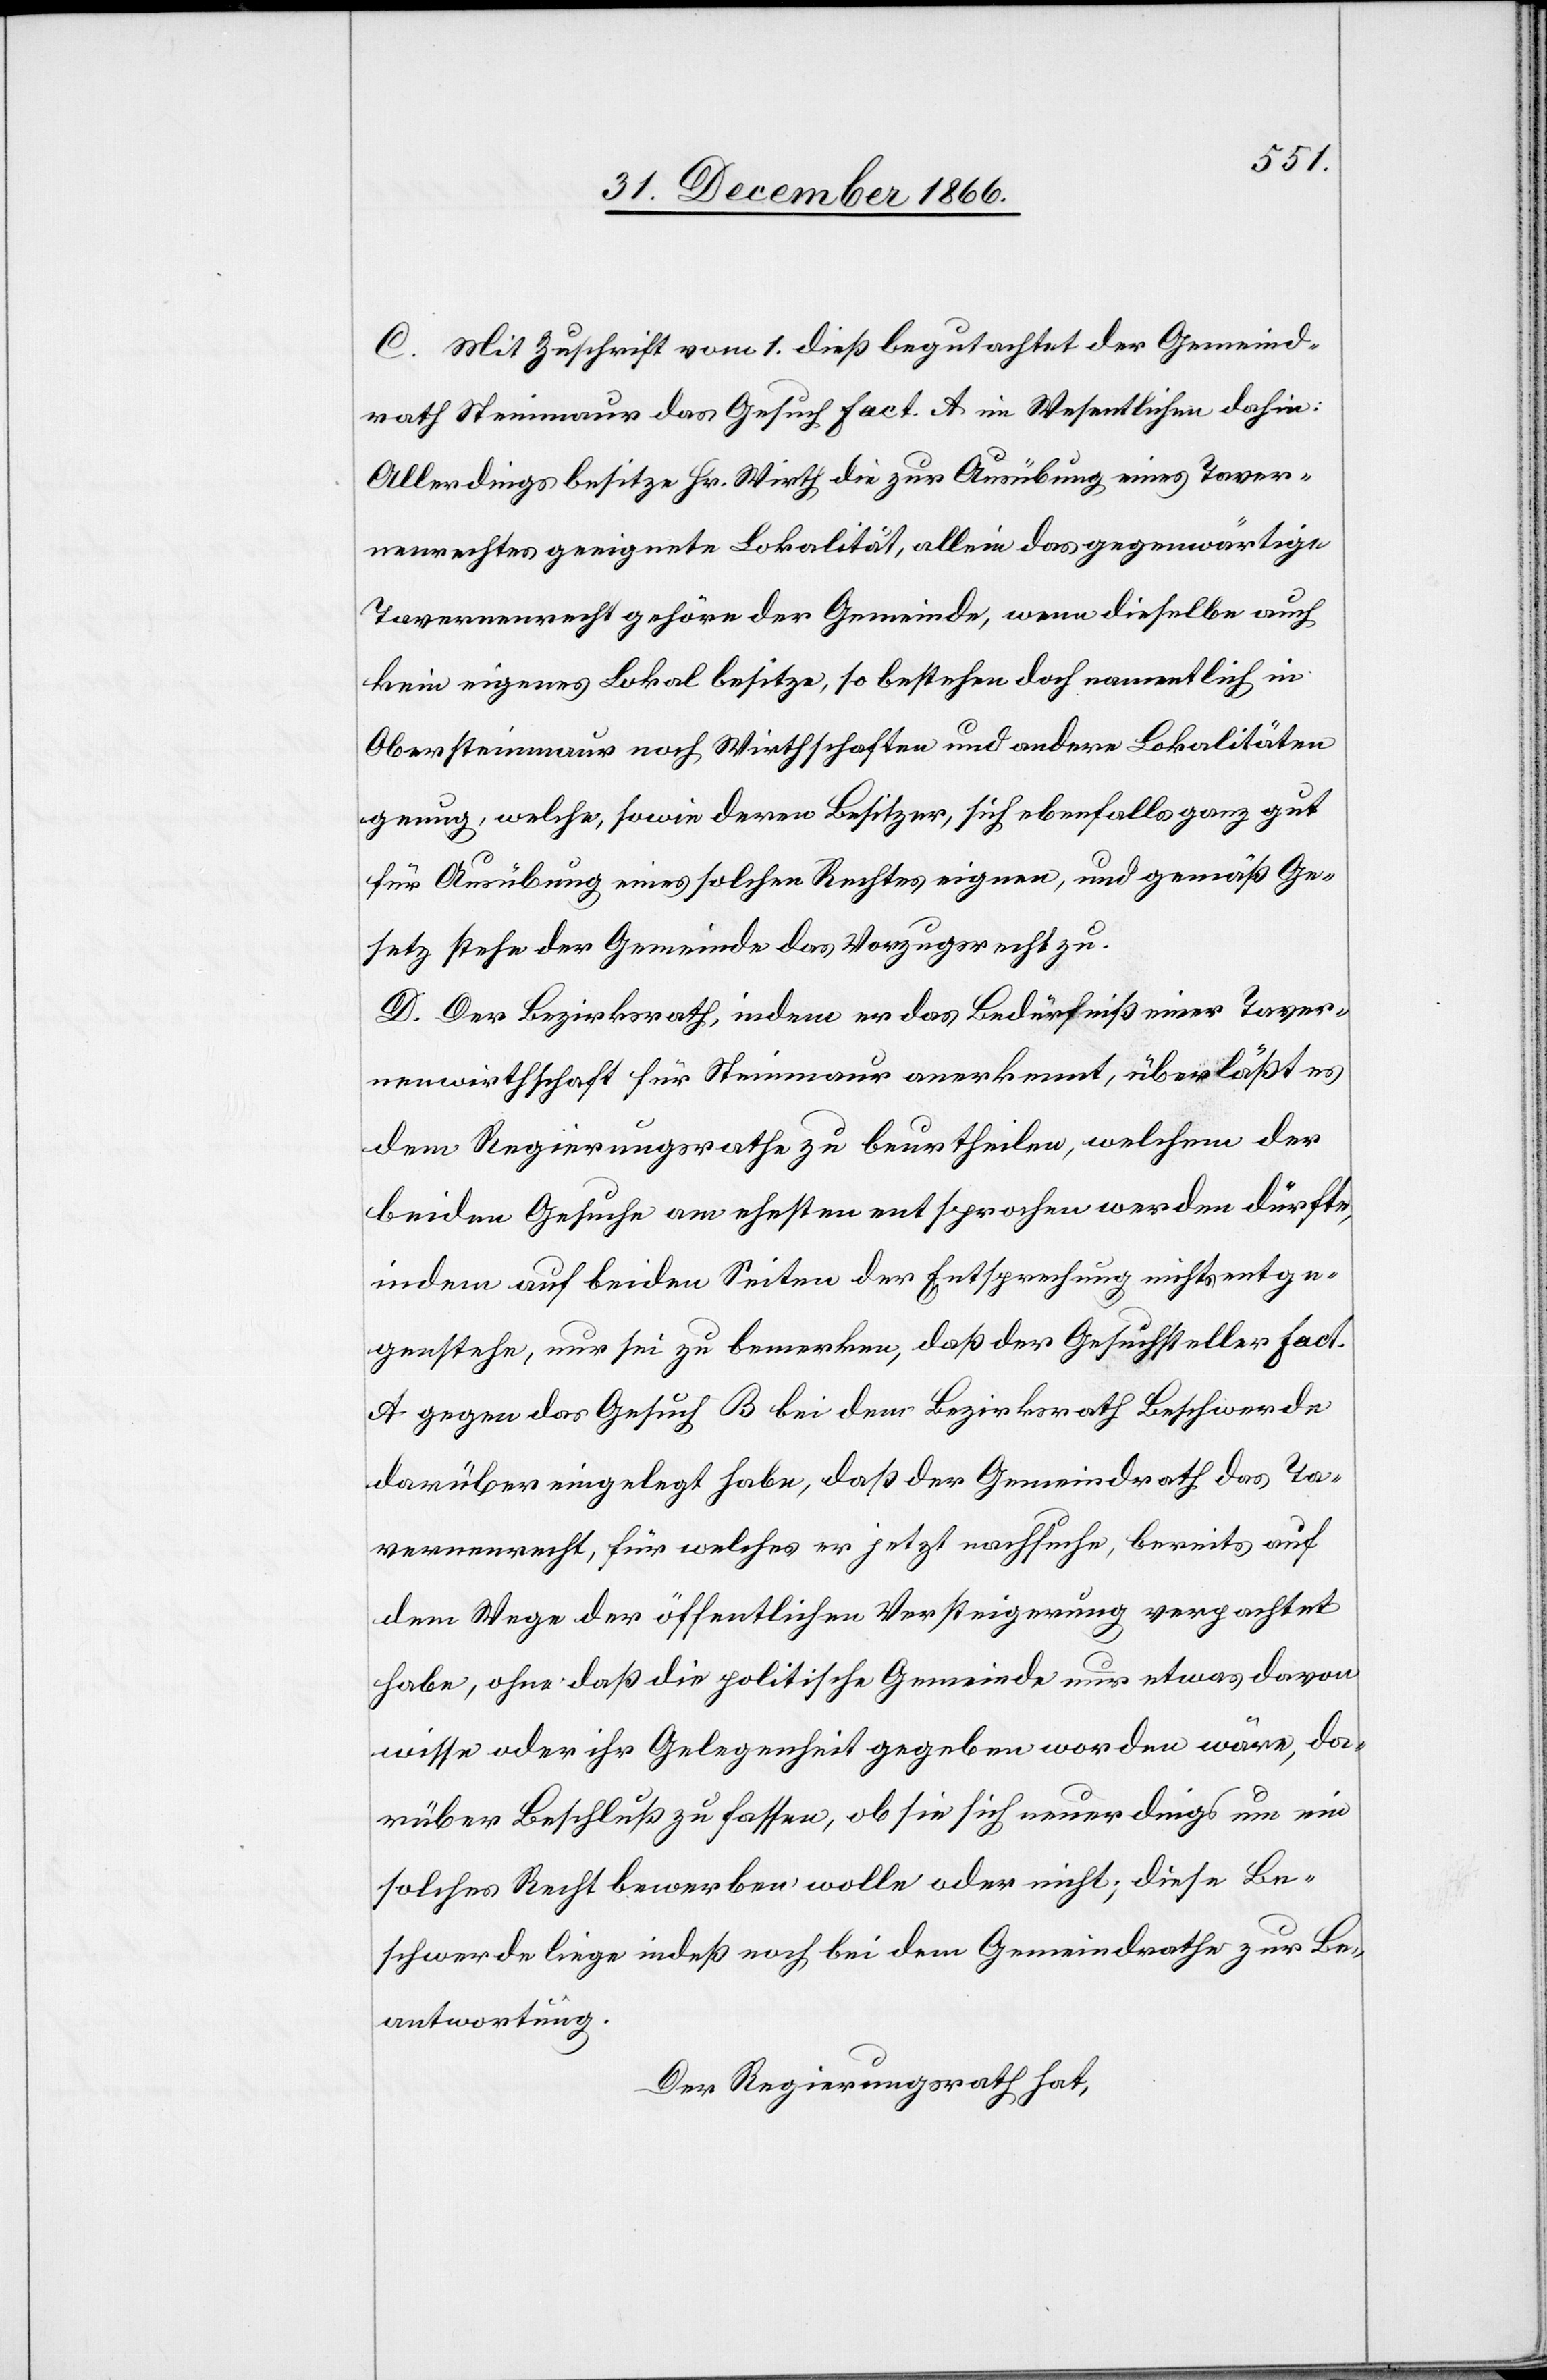
C. Mit Zuschrift vom 1. dieß begutachtet der Gemeind¬
rath Steinmaur das Gesuch Fact. A im Wesentlichen dahin:
Allerdings besitze Hr. Wirth die zur Ausübung eines Taver¬
nenrechtes geeignete Lokalität, allein das gegenwärtige
Tavernenrecht gehöre der Gemeinde, wenn dieselbe auch
kein eigenes Lokal besitze, so bestehen doch namentlich in
Obersteinmaur noch Wirthschaften und andere Lokalitäten
genug, welche, sowie deren Besitzer, sich ebenfalls ganz gut
für Ausübung eines solchen Rechtes eignen, und gemäß Ge¬
setz stehe der Gemeinde das Vorzugsrecht zu.
D. Der Bezirksrath, indem er das Bedürfniß einer Taver¬
nenwirthschaft für Steinmaur anerkennt, überläßt es
dem Regierungsrathe zu beurtheilen, welchem der
beiden Gesuche am ehesten entsprochen werden dürfte,
indem auf beiden Seiten der Entsprechung nichts entge¬
genstehe, nur sei zu bemerken, daß der Gesuchsteller Fact.
A gegen das Gesuch B bei dem Bezirksrath Beschwerde
darüber eingelegt habe, daß der Gemeindrath das Ta¬
vernenrecht, für welches er jetzt nachsuche, bereits auf
dem Wege der öffentlichen Versteigerung verpachtet
habe, ohne daß die politische Gemeinde nur etwas davon
wisse oder ihr Gelegenheit gegeben worden wäre, da¬
rüber Beschluß zu fassen, ob sie sich neuerdings um ein
solches Recht bewerben wolle oder nicht; diese Be¬
schwerde liege indeß noch bei dem Gemeindrathe zur Be¬
antwortung.
Der Regierungsrath hat,